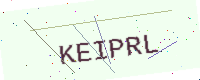
Text: KEIPRL